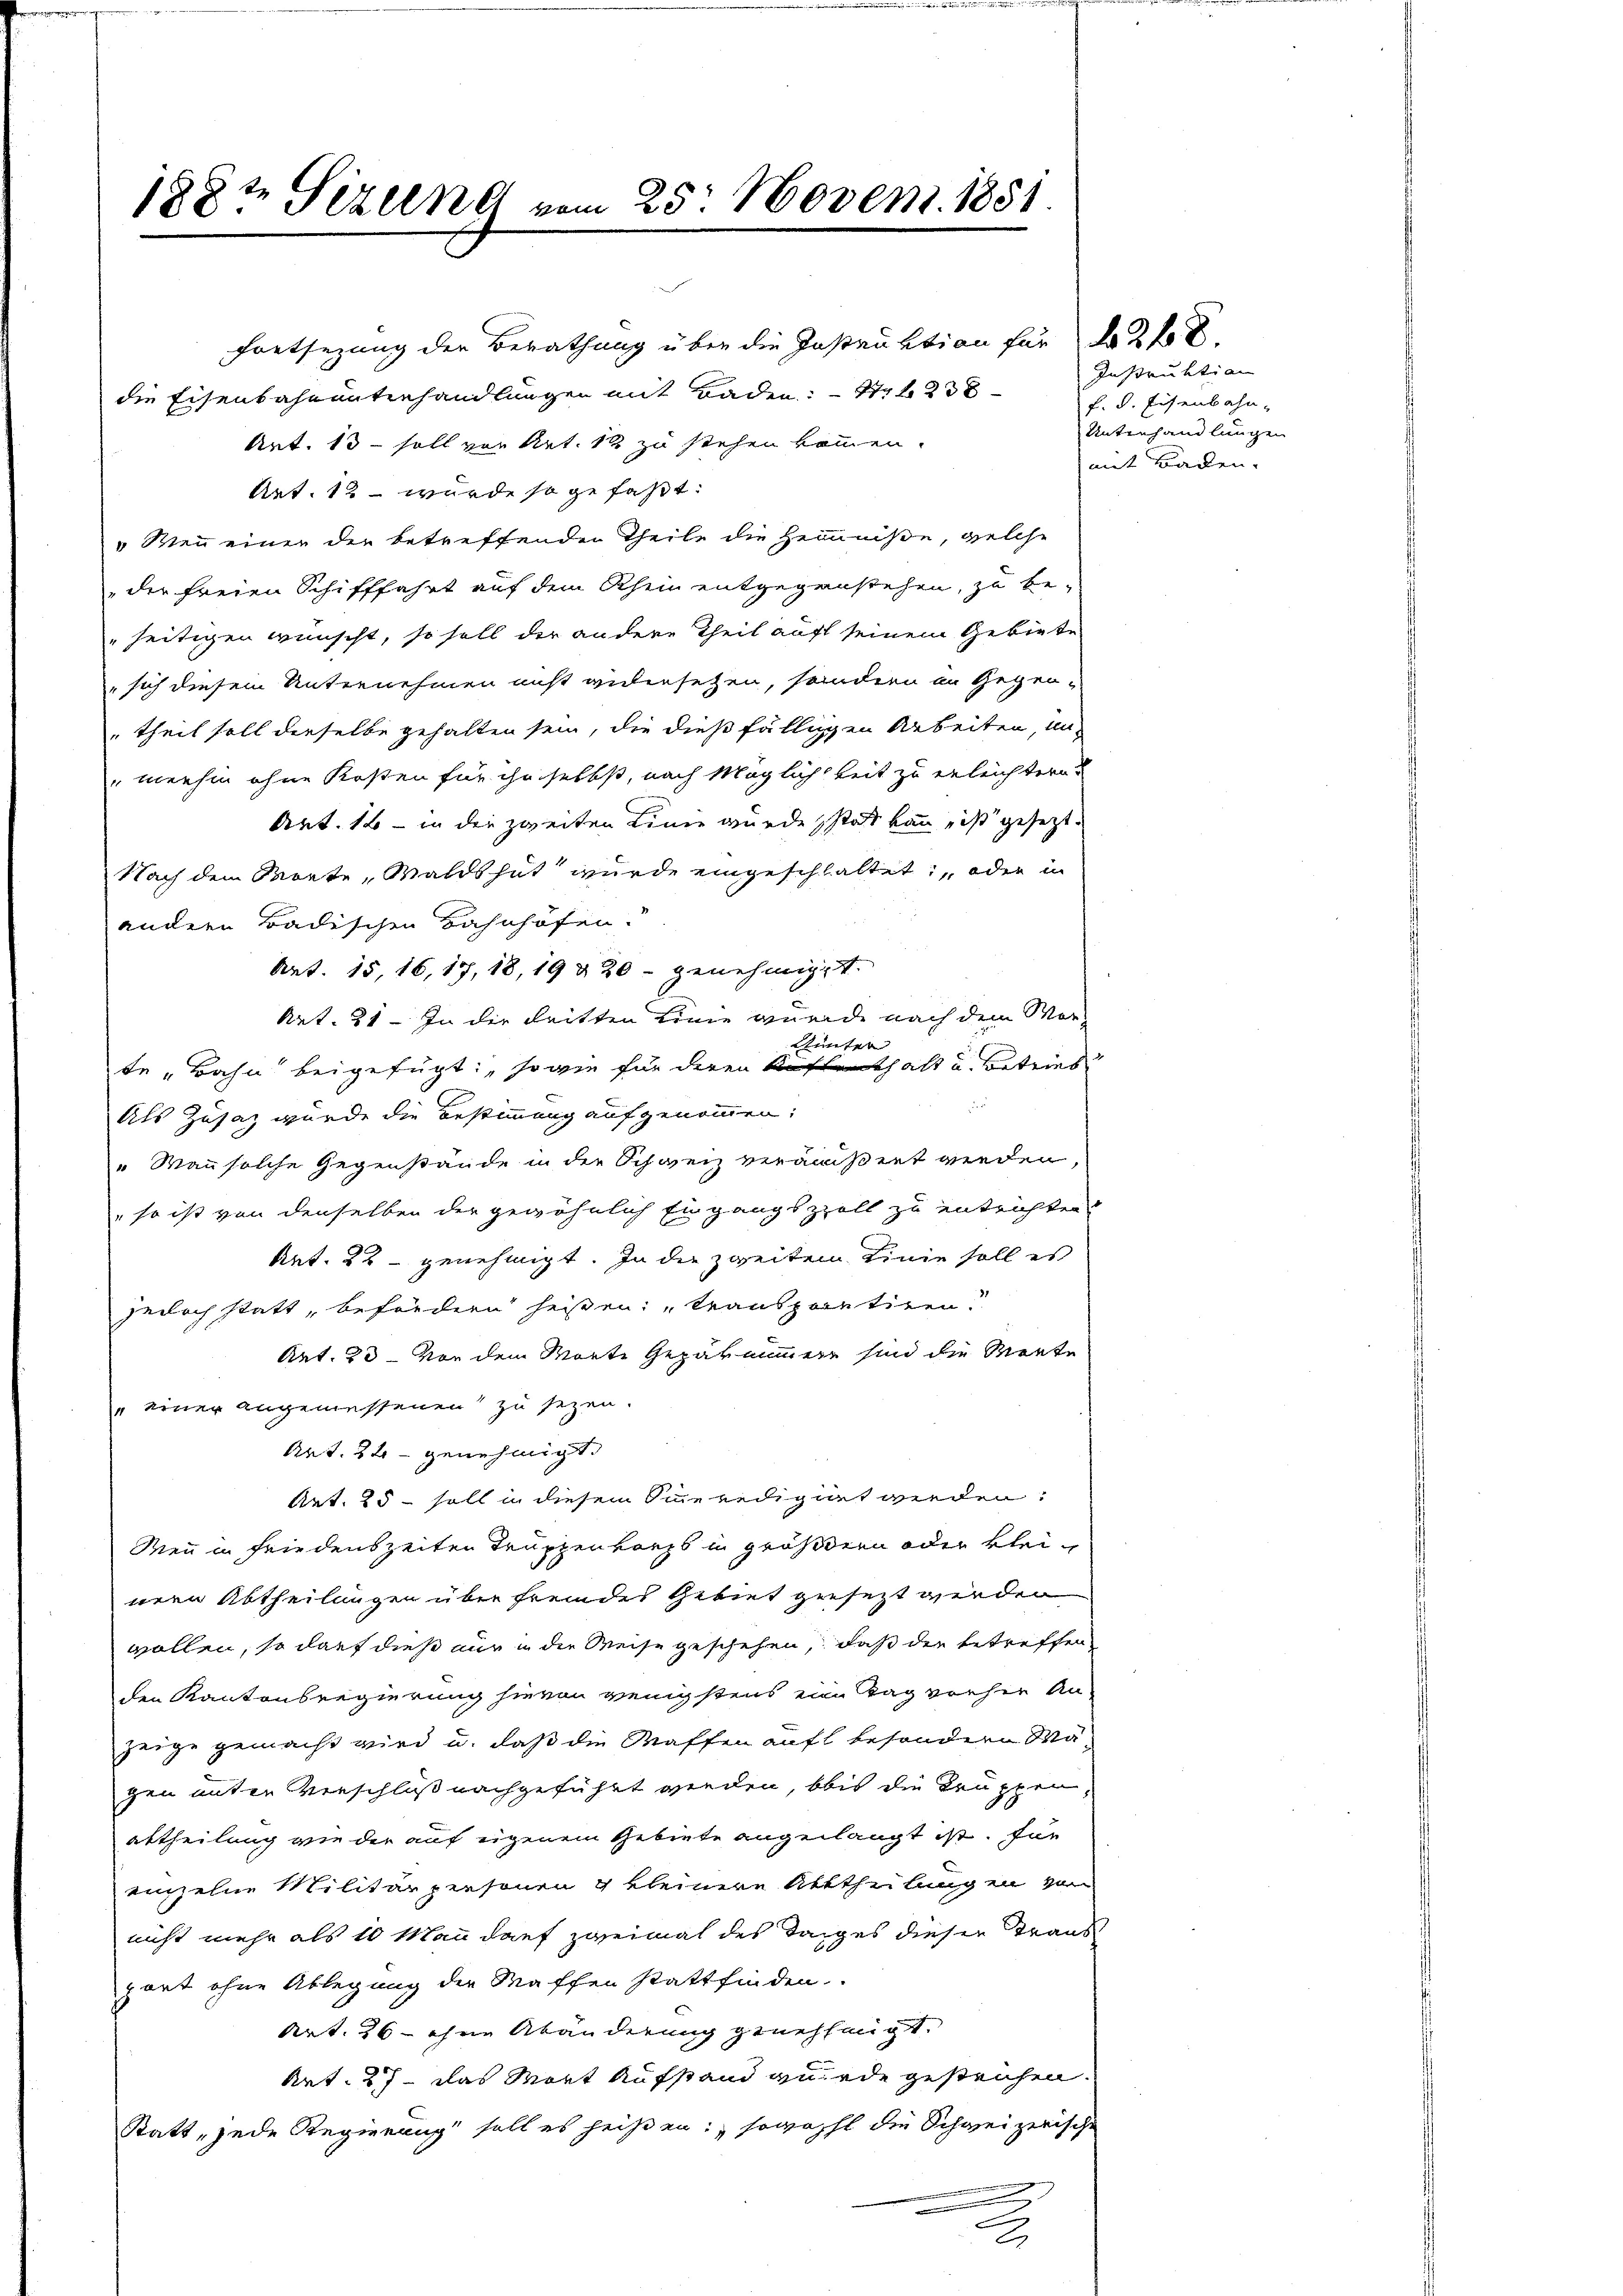
188t Setzung vom 25. Novem. 1851

Fortsezung der Berathung über die Instruktion für 2 f 0
die Eisenbahnunterhandlungen mit Baden: 14 f 238
Art. 13 - soll vor Art. 12 zu stehen kommen.
Art. 12 – wurde so gefaßt:
"Wenn einer der betreffenden Theile die Hemmniße, welche
der freien Schifffahrt auf dem Rhein entgegenstehen, zu be-
"seitigen wünscht, so soll der andere Theil auft seinem Gebiete
" sich diesem Unternehmen nicht widersetzen, sondern in Gegen-
theil soll derselbe gehalten sein, die dießfälligen Arbeiten, unmenhin ohne Kosten für ihn selbst, nach Möglichkeit zu erleichtern.
Art. 16 - in die zweiten Linie wurde statt kann, ist gesezt.
Nach dem Worte, Waldshut wurde eingeschlaltet, oder in
andern Badischen Bahnhofen.
Art. 15, 16, 17, 18, 19 & 20 - genehmigt.
Art. 21. In der dritten Linie gerade nach dem Wor¬
Winter
te „Bahn beigefügt, sowie für deren Kaffenthalt u. Betrieb

Als Zusatz wurde die Bestimmung aufgenommen:
" Wann solche Gegenstände in der Schweiz veräußert werden,
" so ist von denselben der gewöhnlich Eingangszzoll zu entrichten
Rat. 22 - genehmigt. In die zweiten Linie soll es
jedoch statt, befördern heißen: „Transportiren?
Art. 23 - Von dem Worte Geparminer sind die Werte
" einer angemessenen zu sezen.
Art. 24 - genehmigt.
Art. 25 - soll in diesem Sinneredigiert werden.
Men in Friedenszeiten Truppenkorps in größern oder kleinern Abtheilungen über fremdes Gebiet gesezt werden
wollen, so darf dieß nur in die Weise geschehen, daß die betreffen
den Kantonsregierung hievon wenigstens eine Tag vorher An-
zeige gemacht wird u. daß die Waffen auft besondern Wa
gen unter Verschloß nachgeführt werden, bis die Truppen,
abtheilung wie der auf eigenem Gebiete angelangt ist. Für
einzelne Militärpersonen & kleinere Abtheilungen vom
nicht mehr als 10 Man darf zweimal des Tages dieser Traus
port ohne Ablegung der Waffen stattfinden.
Art. 26 - ohne Abänderung genehmigt.
Art. 27 - das Wort Aufstand wurde gesteichen.
Statt, jede Regierung soll es heißen: sowohl die Schweizerische
.
2

Instruktion
f. d. Eisenbahn-
Unterhandlungen
mit Baden.